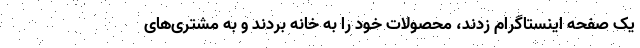
یک صفحه اینستاگرام زدند، محصولات خود را به خانه بردند و به مشتری‌های